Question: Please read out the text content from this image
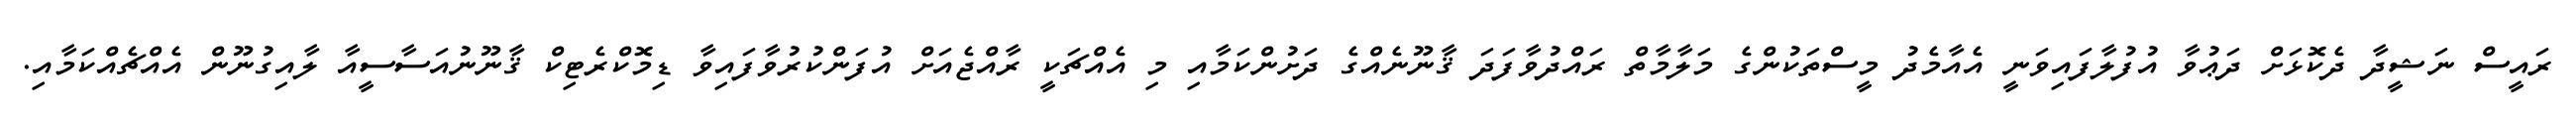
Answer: ރައީސް ނަޝީދާ ދެކޮޅަށް ދަޢުވާ އުފުލާފައިވަނީ އެއާމެދު މީސްތަކުންގެ މަލާމާތް ރައްދުވާފަދަ ޤާނޫނެއްގެ ދަށުންކަމާއި މި އެއްޗަކީ ރާއްޖެއަށް އުފަންކުރުވާފައިވާ ޑިމޮކްރެޓިކް ޤާނޫނުއަސާސީއާ ލާއިގުނޫން އެއްޗެއްކަމާއި.